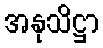
အနုသိဋ္ဌာ